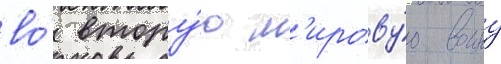
во́ втору́ю м'ирову́ю воину